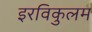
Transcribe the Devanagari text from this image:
इरविकुलम